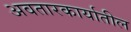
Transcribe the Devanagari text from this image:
अवतारकार्यातील